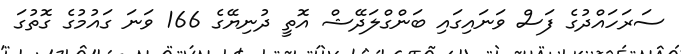
ސަރަހައްދުގެ ފަސް ވަނައިގައި ބަންގްލަދޭޝް އޮތީ ދުނިޔޭގެ 166 ވަނަ ގައުމުގެ ގޮތުގަ